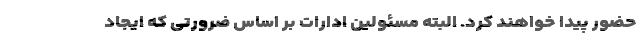
حضور پیدا خواهند کرد. البته مسئولین ادارات بر اساس ضرورتی که ایجاد